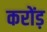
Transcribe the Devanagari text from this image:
करोंड़